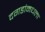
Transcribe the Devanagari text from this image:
दगडांमधला